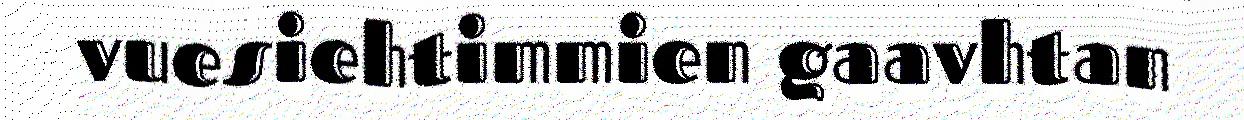
vuesiehtimmien gaavhtan